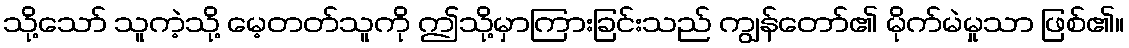
သို့သော် သူကဲ့သို့ မေ့တတ်သူကို ဤသို့မှာကြားခြင်းသည် ကျွန်တော်၏ မိုက်မဲမှုသာ ဖြစ်၏။